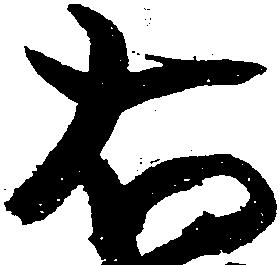
右